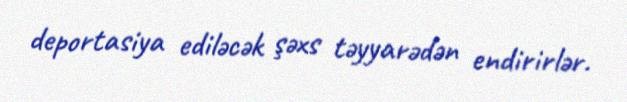
deportasiya ediləcək şəxs təyyarədən endirirlər.